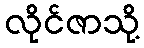
လိုင်ဇာသို့